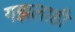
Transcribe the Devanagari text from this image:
गझलाही